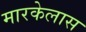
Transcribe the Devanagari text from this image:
मारकेलास